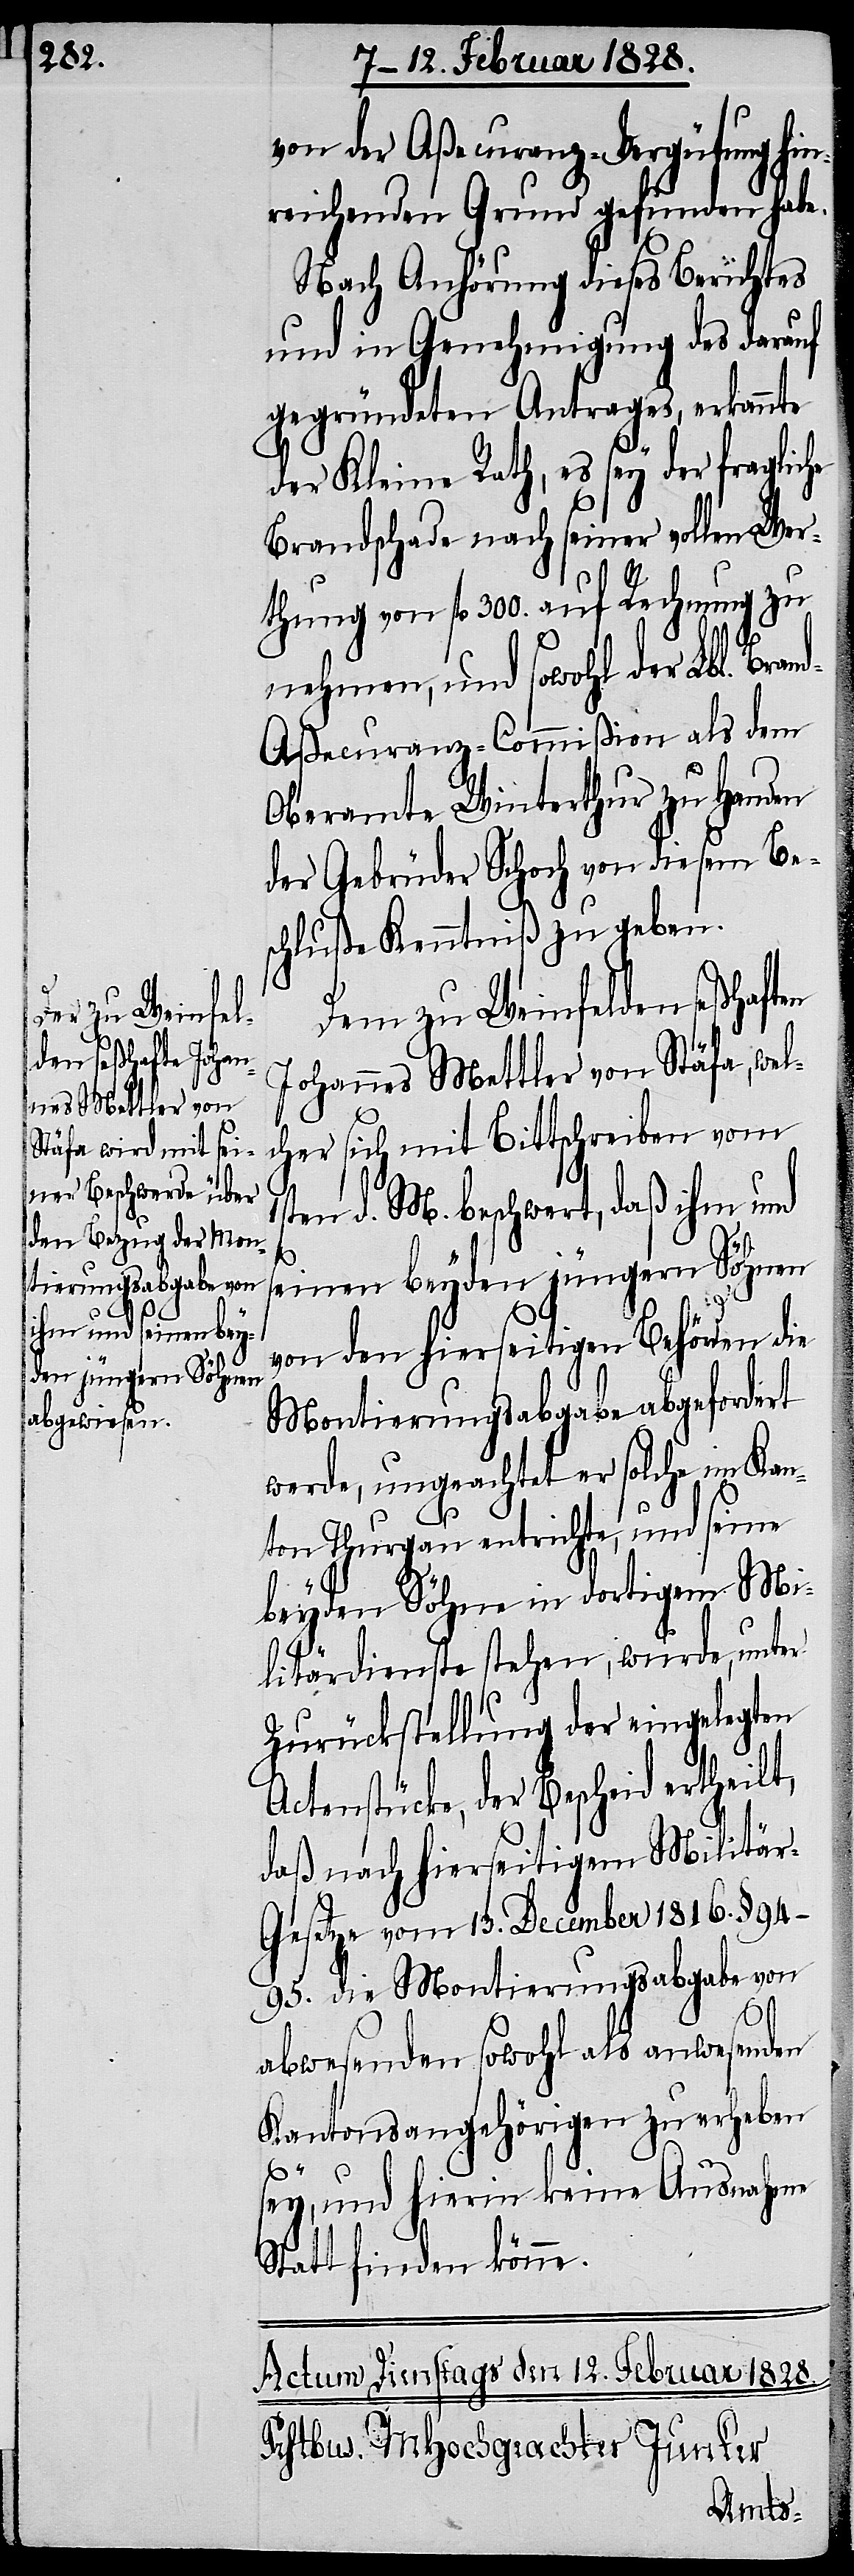
von der Aßecuranz-Vergütung hin¬
reichenden Grund gefunden habe.
Nach Anhörung dieses Berichtes
und in Genehmigung des darauf
gegründeten Antrages, erkannte
der Kleine Rath, es sey der fraglic¬
thung von fl 300. auf Rechnung zu
nehmen, und sowohl der Lbl. Bra¬
nd-Aßecuranz-Commißion als dem
der Gebrüder Schoch von diesem Be¬
schluße Kenntniß zu geben.
Dem zu Weinfelden seßhaften
Johannes Mettler von Stäfa, wel¬
cher sich mit Bittschreiben vom
ten d. M. beschwert, daß ihm und
seinen beyden jüngern Söhnen
von den hierseitigen Behörden die
Montierungsabgabe abgefordert
werde, ungeachtet er solche im Kan¬
ton Thurgau entrichte, und seine
beyden Söhne in dortigem Mi¬
litärdienste stehen, wurde, unter
Zurückstellung der eingelegten
Actenstücke, der Bescheid ertheilt,
daß nach hierseitigem Militä¬
r-Gesetze vom 13. December 1816. §.
94-95. die Montierungsabgabe von
abwesenden sowohl als anwesenden
Kantonsangehörigen zu erheben
1s¬
sey, und hierin keine Ausnahme
Statt finden könne.